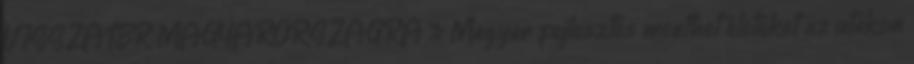
VISSZATÉR MAGYARORSZÁGRA » Magyar fejlesztés menthet életeket az utakon